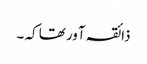
ذائقہ آور تھا کہ ۔